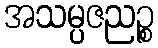
အသမ္ပဇညဉ္စ